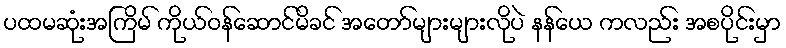
ပထမဆုံးအကြိမ် ကိုယ်ဝန်ဆောင်မိခင် အတော်များများလိုပဲ နန်ယေ ကလည်း အစပိုင်းမှာ